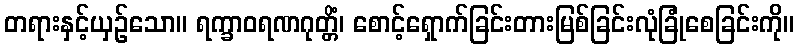
တရားနှင့်ယှဉ်သော။ ရက္ခာဝရဏဂုတ္တိံ၊ စောင့်ရှောက်ခြင်းတားမြစ်ခြင်းလုံခြုံစေခြင်းကို။